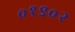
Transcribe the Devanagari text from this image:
०१९०२